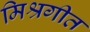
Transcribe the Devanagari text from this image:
मिश्रगीत